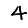
Digit: 4